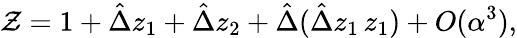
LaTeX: \mathcal{Z}=1+\hat{{\Delta}}z_{1}+\hat{{\Delta}}z_{2}+\hat{{\Delta}}(\hat{{\Delta}}z_{1}\, z_{1})+O(\alpha^{3}),